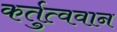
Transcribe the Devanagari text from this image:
कर्तुत्ववान